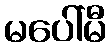
မပေါ်မီ